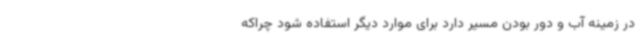
در زمینه آب و دور بودن مسیر دارد برای موارد دیگر استفاده شود چراکه